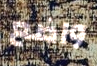
واضع